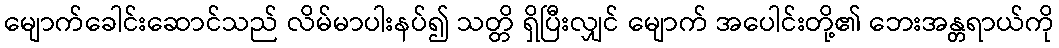
မျောက်ခေါင်းဆောင်သည် လိမ်မာပါးနပ်၍ သတ္တိ ရှိပြီးလျှင် မျောက် အပေါင်းတို့၏ ဘေးအန္တရာယ်ကို